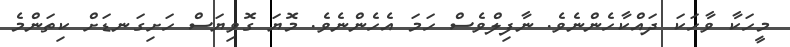
މީހަކާ ވާހަކަ ދައްކާހެންނެވެ. ނާފިލްވެސް ހަމަ އެހެންނެވެ. މޮޔަ ގޮވިޔަސް ހަށިގަނޑަށް ކިތަންމެ